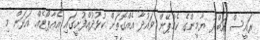
ރައީސް އަބްދު ޔާމީންގެ ކެމްޕޭން ވައުދާ އެއްގޮތަށް ކުޅުދުއްފުށީގައި އެއާޕޯޓެއް އަޅަން މި